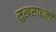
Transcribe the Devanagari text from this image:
सुखसाधनों